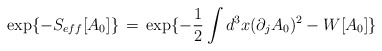
\begin{align*}\exp\{-S_{eff}[A_0]\}\,=\,\exp \{-\frac{1}{2} \int d^3x (\partial_jA_0)^2- W[A_0]\}\end{align*}